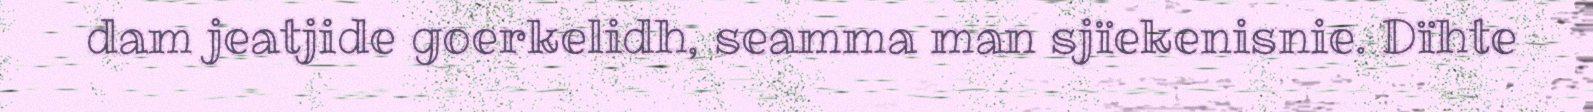
dam jeatjide goerkelidh, seamma man sjïekenisnie. Dïhte